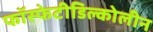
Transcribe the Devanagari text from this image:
फॉस्फेटीडिल्कोलीन